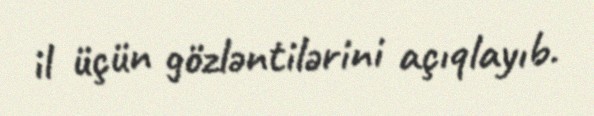
il üçün gözləntilərini açıqlayıb.